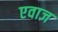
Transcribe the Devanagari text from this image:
एवाज